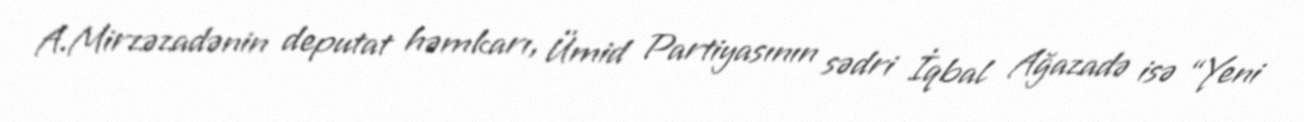
A.Mirzəzadənin deputat həmkarı, Ümid Partiyasının sədri İqbal Ağazadə isə “Yeni